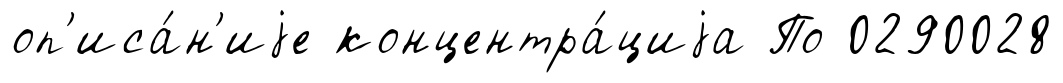
оп'иса́н'иjе концентра́циjа По 0290028